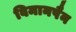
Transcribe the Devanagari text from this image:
विमानपैन